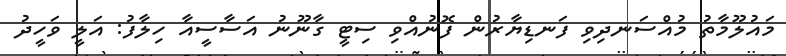
މައުލޫމާތު މުއްސަނދިވި ފަނޑިޔާރުން ފޮނުއްވި ސިޓީ ގާނޫނު އަސާސީއާ ހިލާފު: އަލީ ވަހީދު